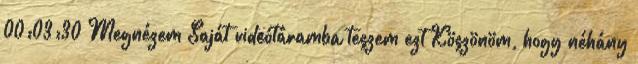
00:03:30 Megnézem Saját videótáramba teszem ezt Köszönöm, hogy néhány